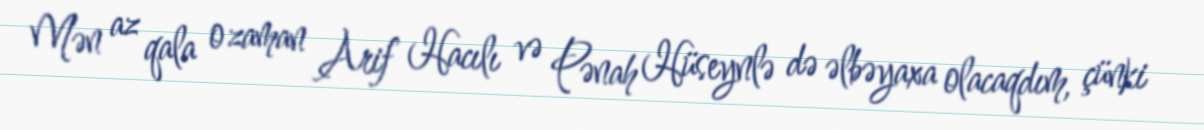
Mən az qala o zaman Arif Hacılı və Pənah Hüseynlə də əlbəyaxa olacaqdım, çünki